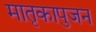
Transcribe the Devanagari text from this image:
मातृकापुजन